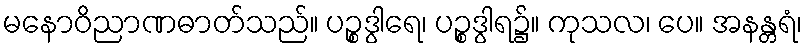
မနောဝိညာဏဓာတ်သည်။ ပဉ္စဒွါရေ၊ ပဉ္စဒွါရ၌။ ကုသလ၊ ပေ။ အနန္တရံ၊